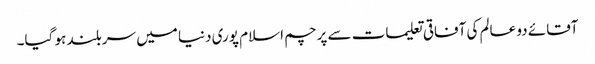
آقائے دو عالم کی آفاقی تعلیمات سے پرچم اسلام پوری دنیا میں سربلند ہو گیا۔